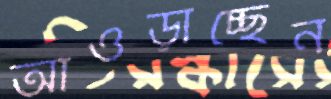
আওড়াচ্ছেন